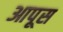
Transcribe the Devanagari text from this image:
आपूस